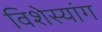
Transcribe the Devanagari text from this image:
विशेस्यांग